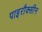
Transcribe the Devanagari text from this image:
पाइरौक्सीन